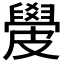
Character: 𥀣